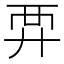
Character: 𧟤